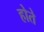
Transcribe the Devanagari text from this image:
होते